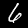
Digit: 6